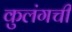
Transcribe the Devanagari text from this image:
कुलंगची